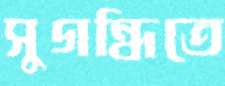
সুগন্ধিতে